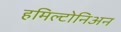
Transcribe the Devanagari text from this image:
हमिल्टोनिअन